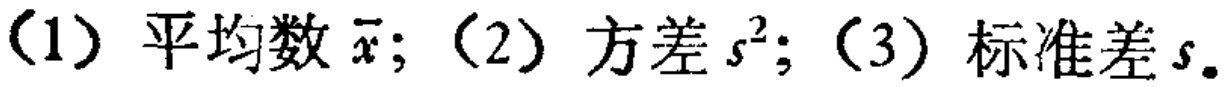
(1) 平均数 \(\bar{x}\); (2) 方差 \(s^{2}\); (3) 标准差 \(s\)。